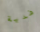
فدية